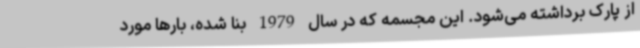
از پارک برداشته می‌شود. این مجسمه که در سال 1979 بنا شده، بارها مورد